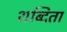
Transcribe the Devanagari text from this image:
शब्दिता